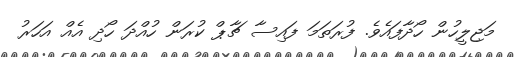
މަޖިލީހުން ހޯދާފައެވެ. ފުރަތަމަ ފައިސާ ޗާޕް ކުރަން ހުއްދަ ހޯދި އެއް އަހަރު